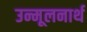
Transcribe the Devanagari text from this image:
उन्मूलनार्थ